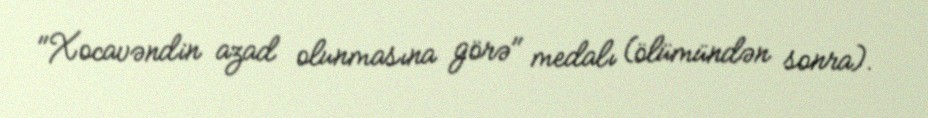
"Xocavəndin azad olunmasına görə" medalı (ölümündən sonra).